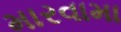
મારવામા